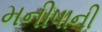
મનીષાની